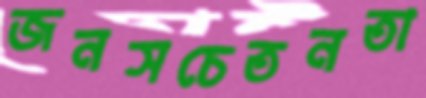
জনসচেতনতা